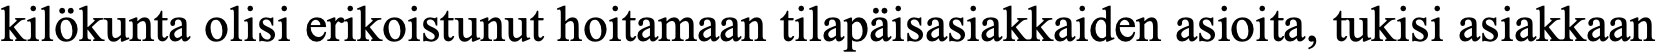
kilökunta olisi erikoistunut hoitamaan tilapäisasiakkaiden asioita, tukisi asiakkaan